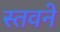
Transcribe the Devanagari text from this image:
स्तवने